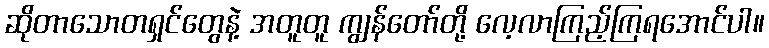
ဆိုတာသောတရှင်တွေနဲ့ အတူတူ ကျွန်တော်တို့ လေ့လာကြည့်ကြရအောင်ပါ။